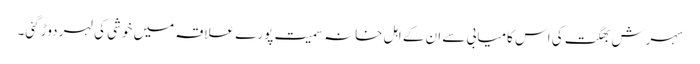
سہرش بھگت کی اس کامیابی سے ان کے اہل خانہ سمیت پورے علاقہ میں خوشی کی لہر دوڑ گئی۔